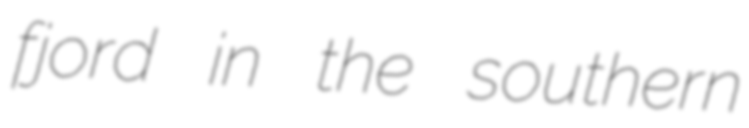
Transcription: fjord in the southern